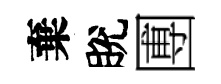
棄脫圑